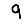
Digit: 9